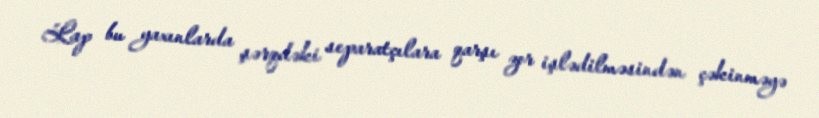
Lap bu yaxınlarda şərqdəki separatçılara qarşı zor işlədilməsindən çəkinməyə